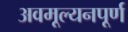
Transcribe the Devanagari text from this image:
अवमूल्यनपूर्ण